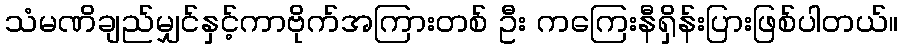
သံမဏိချည်မျှင်နှင့်ကာဗိုက်အကြားတစ် ဦး ကကြေးနီရှိန်းပြားဖြစ်ပါတယ်။